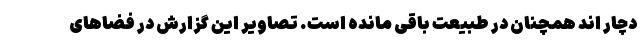
دچار اند همچنان در طبیعت باقی مانده است. تصاویر این گزارش در فضا‌های